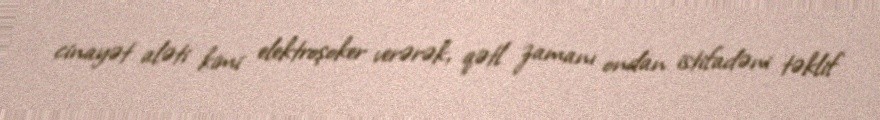
cinayət aləti kimi elektroşoker verərək, qətl zamanı ondan istifadəni təklif